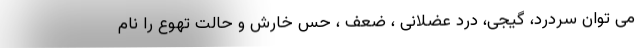
می توان سردرد، گیجی، درد عضلانی ، ضعف ، حس خارش و حالت تهوع را نام